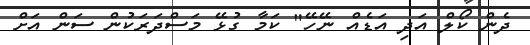
ދެން ކޯލް އަދި އަޑެއް ނޭހޭ" ކަމާ ގުޅޭ މަސްދަރަކުން ސަން އަށް